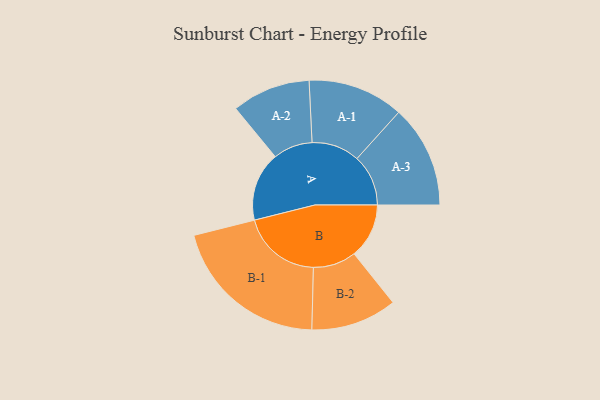
{"axis": {"x": "Segment", "y": "Value"}, "legend": ["", "A", "B"], "data": [{"x": "A", "y": 248, "type": ""}, {"x": "B", "y": 197, "type": ""}, {"x": "A-1", "y": 172, "type": "A"}, {"x": "A-2", "y": 141, "type": "A"}, {"x": "A-3", "y": 184, "type": "A"}, {"x": "B-1", "y": 286, "type": "B"}, {"x": "B-2", "y": 154, "type": "B"}]}